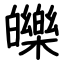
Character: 皪